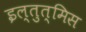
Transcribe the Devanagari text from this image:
इल्तुत्मिस